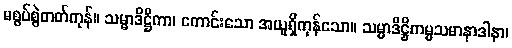
မစွပ်စွဲတတ်ကုန်။ သမ္မာဒိဋ္ဌိကာ၊ ကောင်းသော အယူရှိကုန်သော။ သမ္မာဒိဋ္ဌိကမ္မသမာနာဒါနာ၊